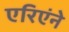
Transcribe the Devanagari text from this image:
एरिएंने